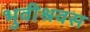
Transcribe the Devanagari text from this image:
भुवीश्रवस